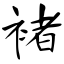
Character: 褚